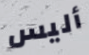
أليس